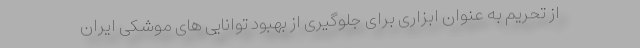
از تحریم به عنوان ابزاری برای جلوگیری از بهبود توانایی های موشکی ایران